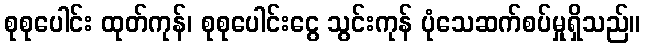
စုစုပေါင်း ထုတ်ကုန်၊ စုစုပေါင်းငွေ သွင်းကုန် ပုံသေဆက်စပ်မှုရှိသည်။